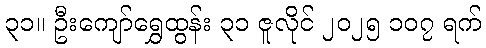
၃၁။ ဦးကျော်ရွှေထွန်း ၃၁ ဇူလိုင် ၂၀၂၅ ၁၀၇ ရက်